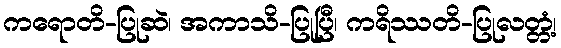
ကရောတိ-ပြုဆဲ၊ အကာသိ-ပြုပြီ၊ ကရိဿတိ-ပြုလတ္တံ့၊